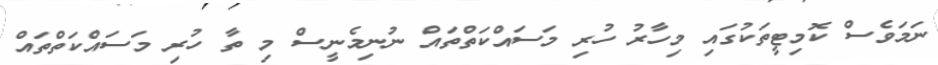
ނަމަވެސް ކޮމިޓީތަކުގައި މިހާރު ހުރި މަސައްކަތްތައް ނުނިމެނީސް މި ތާ ހުރި މަސައްކަތްތައް